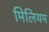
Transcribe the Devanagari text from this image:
मिलियम